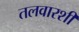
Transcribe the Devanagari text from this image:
तलवारशी